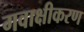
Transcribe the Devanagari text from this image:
गवाक्षीकरण